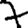
Digit: 7